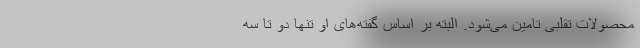
محصولات تقلبی تامین می‌شود. البته بر اساس گفته‌های او تنها دو تا سه